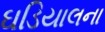
ઘડિયાલના